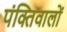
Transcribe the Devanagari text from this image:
पंक्तिवालों